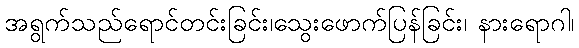
အရွက်သည်ရောင်တင်းခြင်း၊သွေးဖောက်ပြန်ခြင်း၊ နားရောဂါ၊